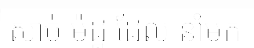
សាច់ ម៉ដ្ឋ ដែល នាំមក